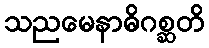
သညမေနာဓိဂစ္ဆတိ